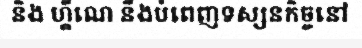
និង ហ្គីណេ នឹងបំពេញទស្សនកិច្ចនៅ